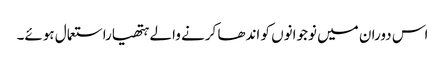
اس دوران میں نوجوانوں کو اندھا کرنے والے ہتھیاراستعمال ہوئے۔